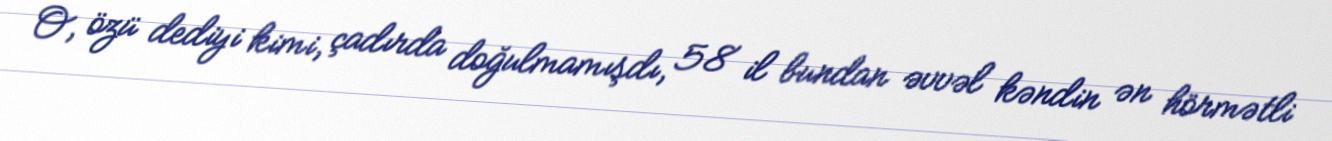
O, özü dediyi kimi, çadırda doğulmamışdı, 58 il bundan əvvəl kəndin ən hörmətli